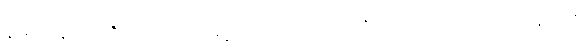
နမ်းသနည်း။ ဇိဝှာယ၊ လျှာဖြင့်။ ရသံ၊ အရသာကို။ သာယတိ၊ လျက်သနည်း။